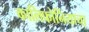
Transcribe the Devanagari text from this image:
कालिफोर्नियाचा